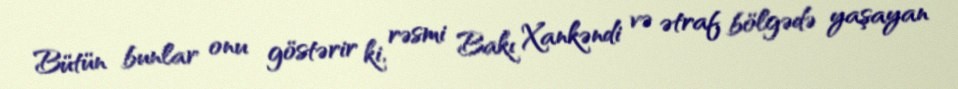
Bütün bunlar onu göstərir ki, rəsmi Bakı Xankəndi və ətraf bölgədə yaşayan